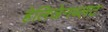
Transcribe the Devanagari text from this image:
हेलिजेनब्लट